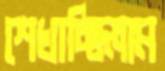
শেখাচ্ছিলাম